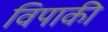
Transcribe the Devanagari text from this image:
विपाकी